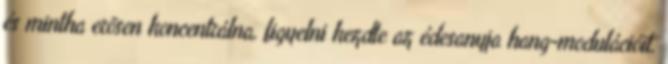
és mintha erõsen koncentrálna, figyelni kezdte az édesanyja hang-modulációit.